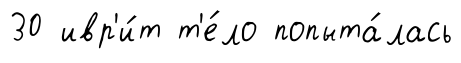
30 ивр'и́т т'е́ло попыта́лась